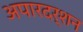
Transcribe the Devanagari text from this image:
अपारदर्शन